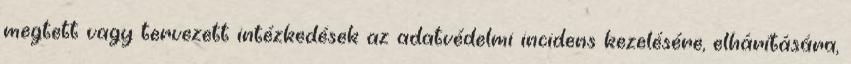
megtett vagy tervezett intézkedések az adatvédelmi incidens kezelésére, elhárítására,